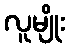
လူမျိုး